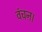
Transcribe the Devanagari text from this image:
वंचन।